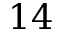
1 4